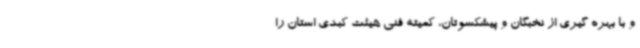
و با بهره گیری از نخبگان و پیشکسوتان، کمیته فنی هیئت کبدی استان را